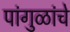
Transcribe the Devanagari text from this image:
पांगुळांचे